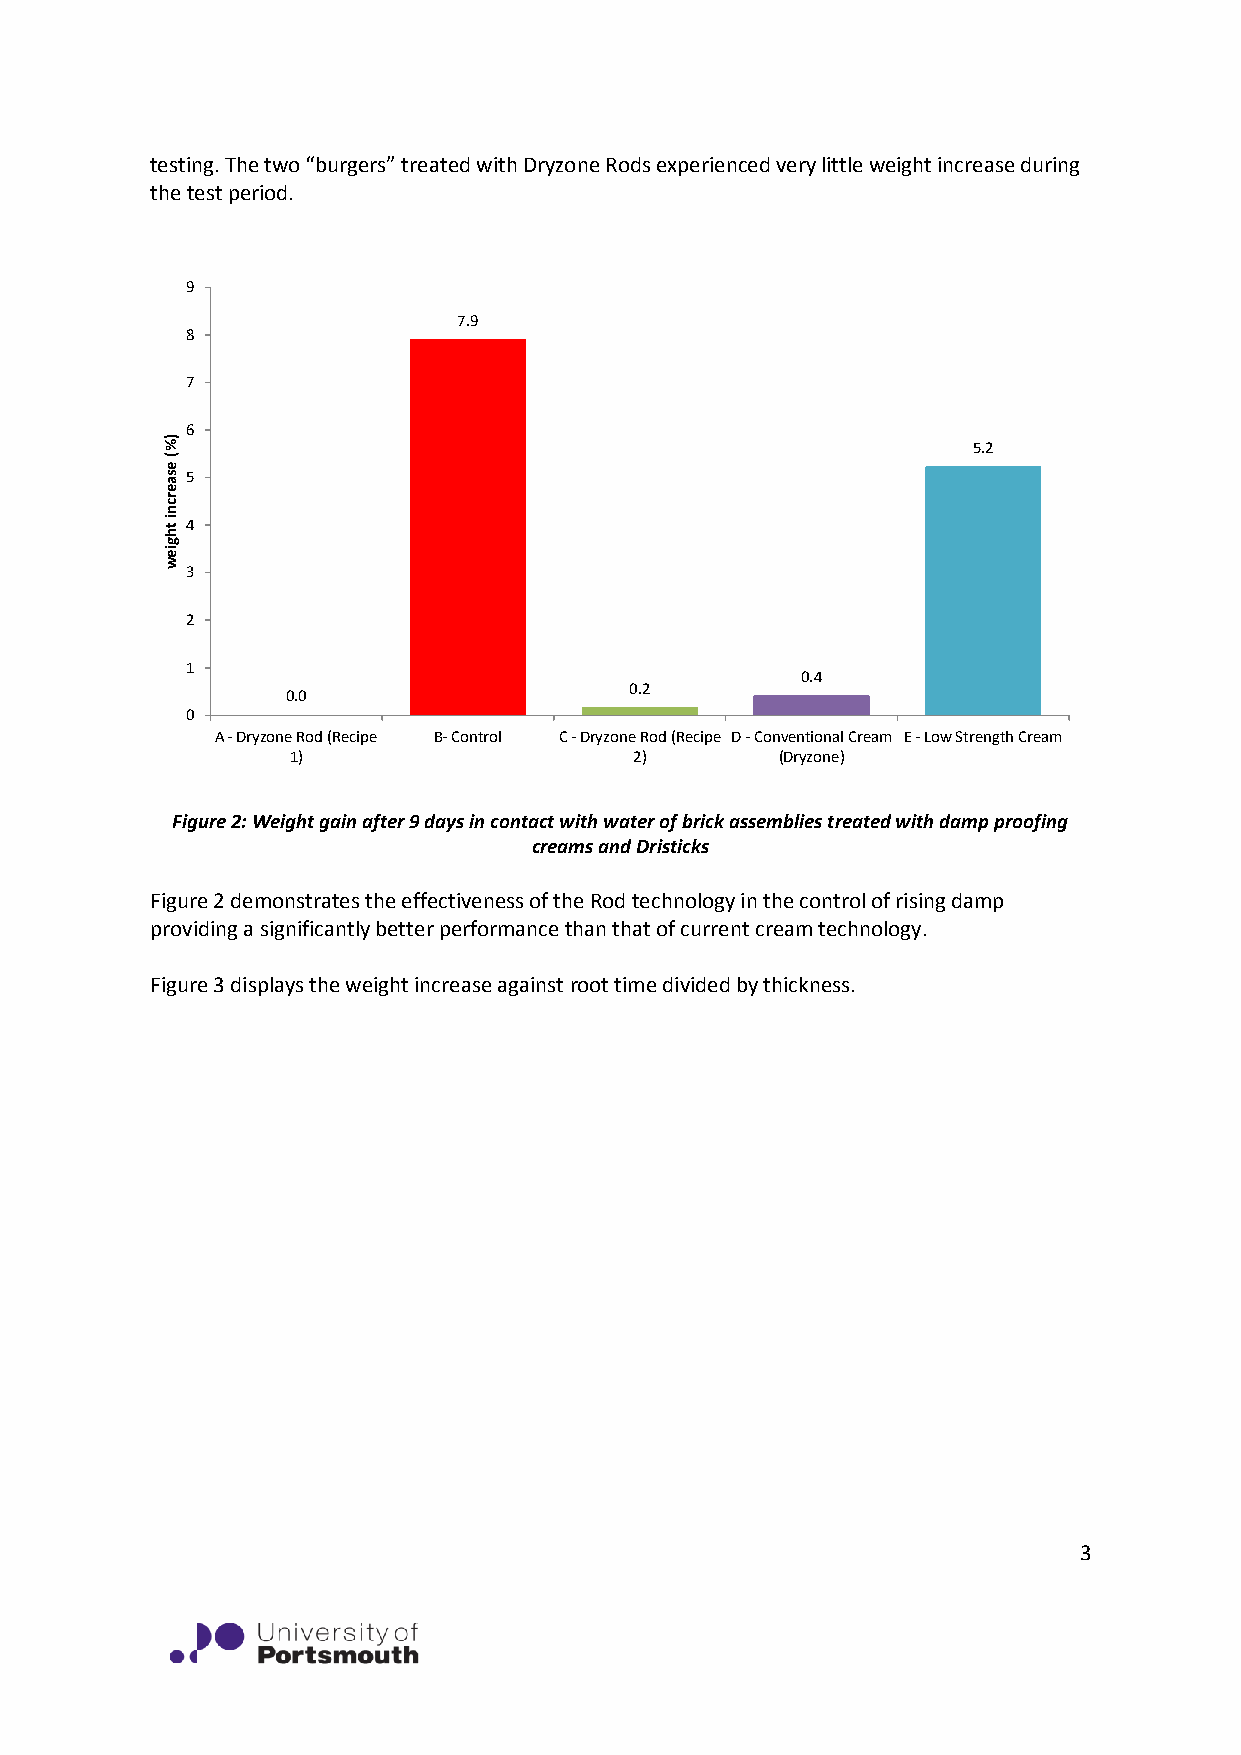
testing. The two “burgers” treated with Dryzone Rods experienced very little weight increase during
 the test period.
 9
 7.9
 8
 7
 6
 5.2
 5
 4
 3
 2
 1
 0.4
 0.2
 0.0
 0
 A - Dryzone Rod (Recipe B- Control C - Dryzone Rod (Recipe D - Conventional Cream E - Low Strength Cream
 1)                     2)        (Dryzone)
 Figure 2: Weight gain after 9 days in contact with water of brick assemblies treated with damp proofing
 creams and Dristicks
 Figure 2 demonstrates the effectiveness of the Rod technology in the control of rising damp
 providing a significantly better performance than that of current cream technology.
 Figure 3 displays the weight increase against root time divided by thickness.
 3
 )%(
 esaercni
 thgiew